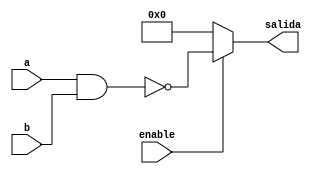
module compNand(
	input [31:0]a,
	input [31:0]b,
	input enable,
	output reg [31:0]salida
);
always@*
begin
	if(enable)
	begin
		salida = ~(a&b);
	end
	else
	begin
		salida = 0;
	end
end
endmodule